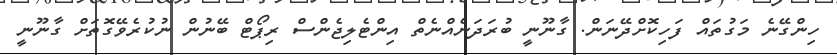
ހިންގޭނެ މަގުތައް ފަހިކޮށްދޭނަން. ގާނޫނީ ބުރަދަނެއްނެތް އިންޓެލިޖެންސް ރިޕޯޓް ބޭނުން ނުކުރެވޭގޮތަށް ގާނޫނީ